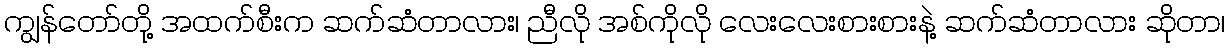
ကျွန်တော်တို့ အထက်စီးက ဆက်ဆံတာလား၊ ညီလို အစ်ကိုလို လေးလေးစားစားနဲ့ ဆက်ဆံတာလား ဆိုတာ၊